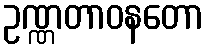
ဥဏ္ဏတာဝနတော